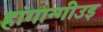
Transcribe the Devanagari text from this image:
हांगान्गीउइ